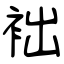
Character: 袦